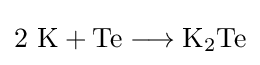
\mathrm {2\ K+Te\longrightarrow K_{2}Te}